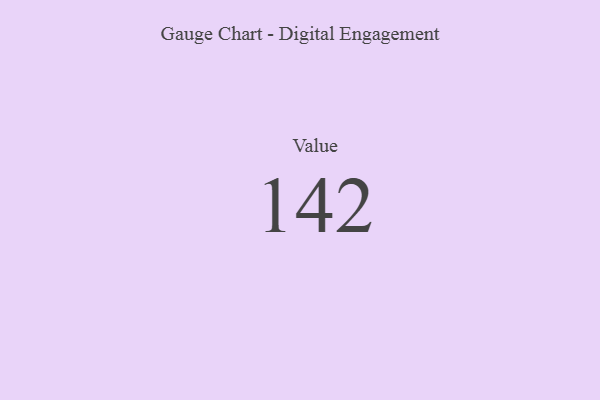
{"axis": {"x": "Metric", "y": "Value"}, "legend": [""], "data": [{"x": "Value", "y": 142, "type": ""}]}